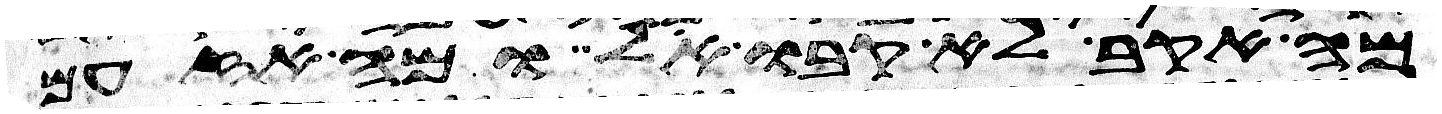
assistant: מה אקב לא קבו אל ומה אזעם